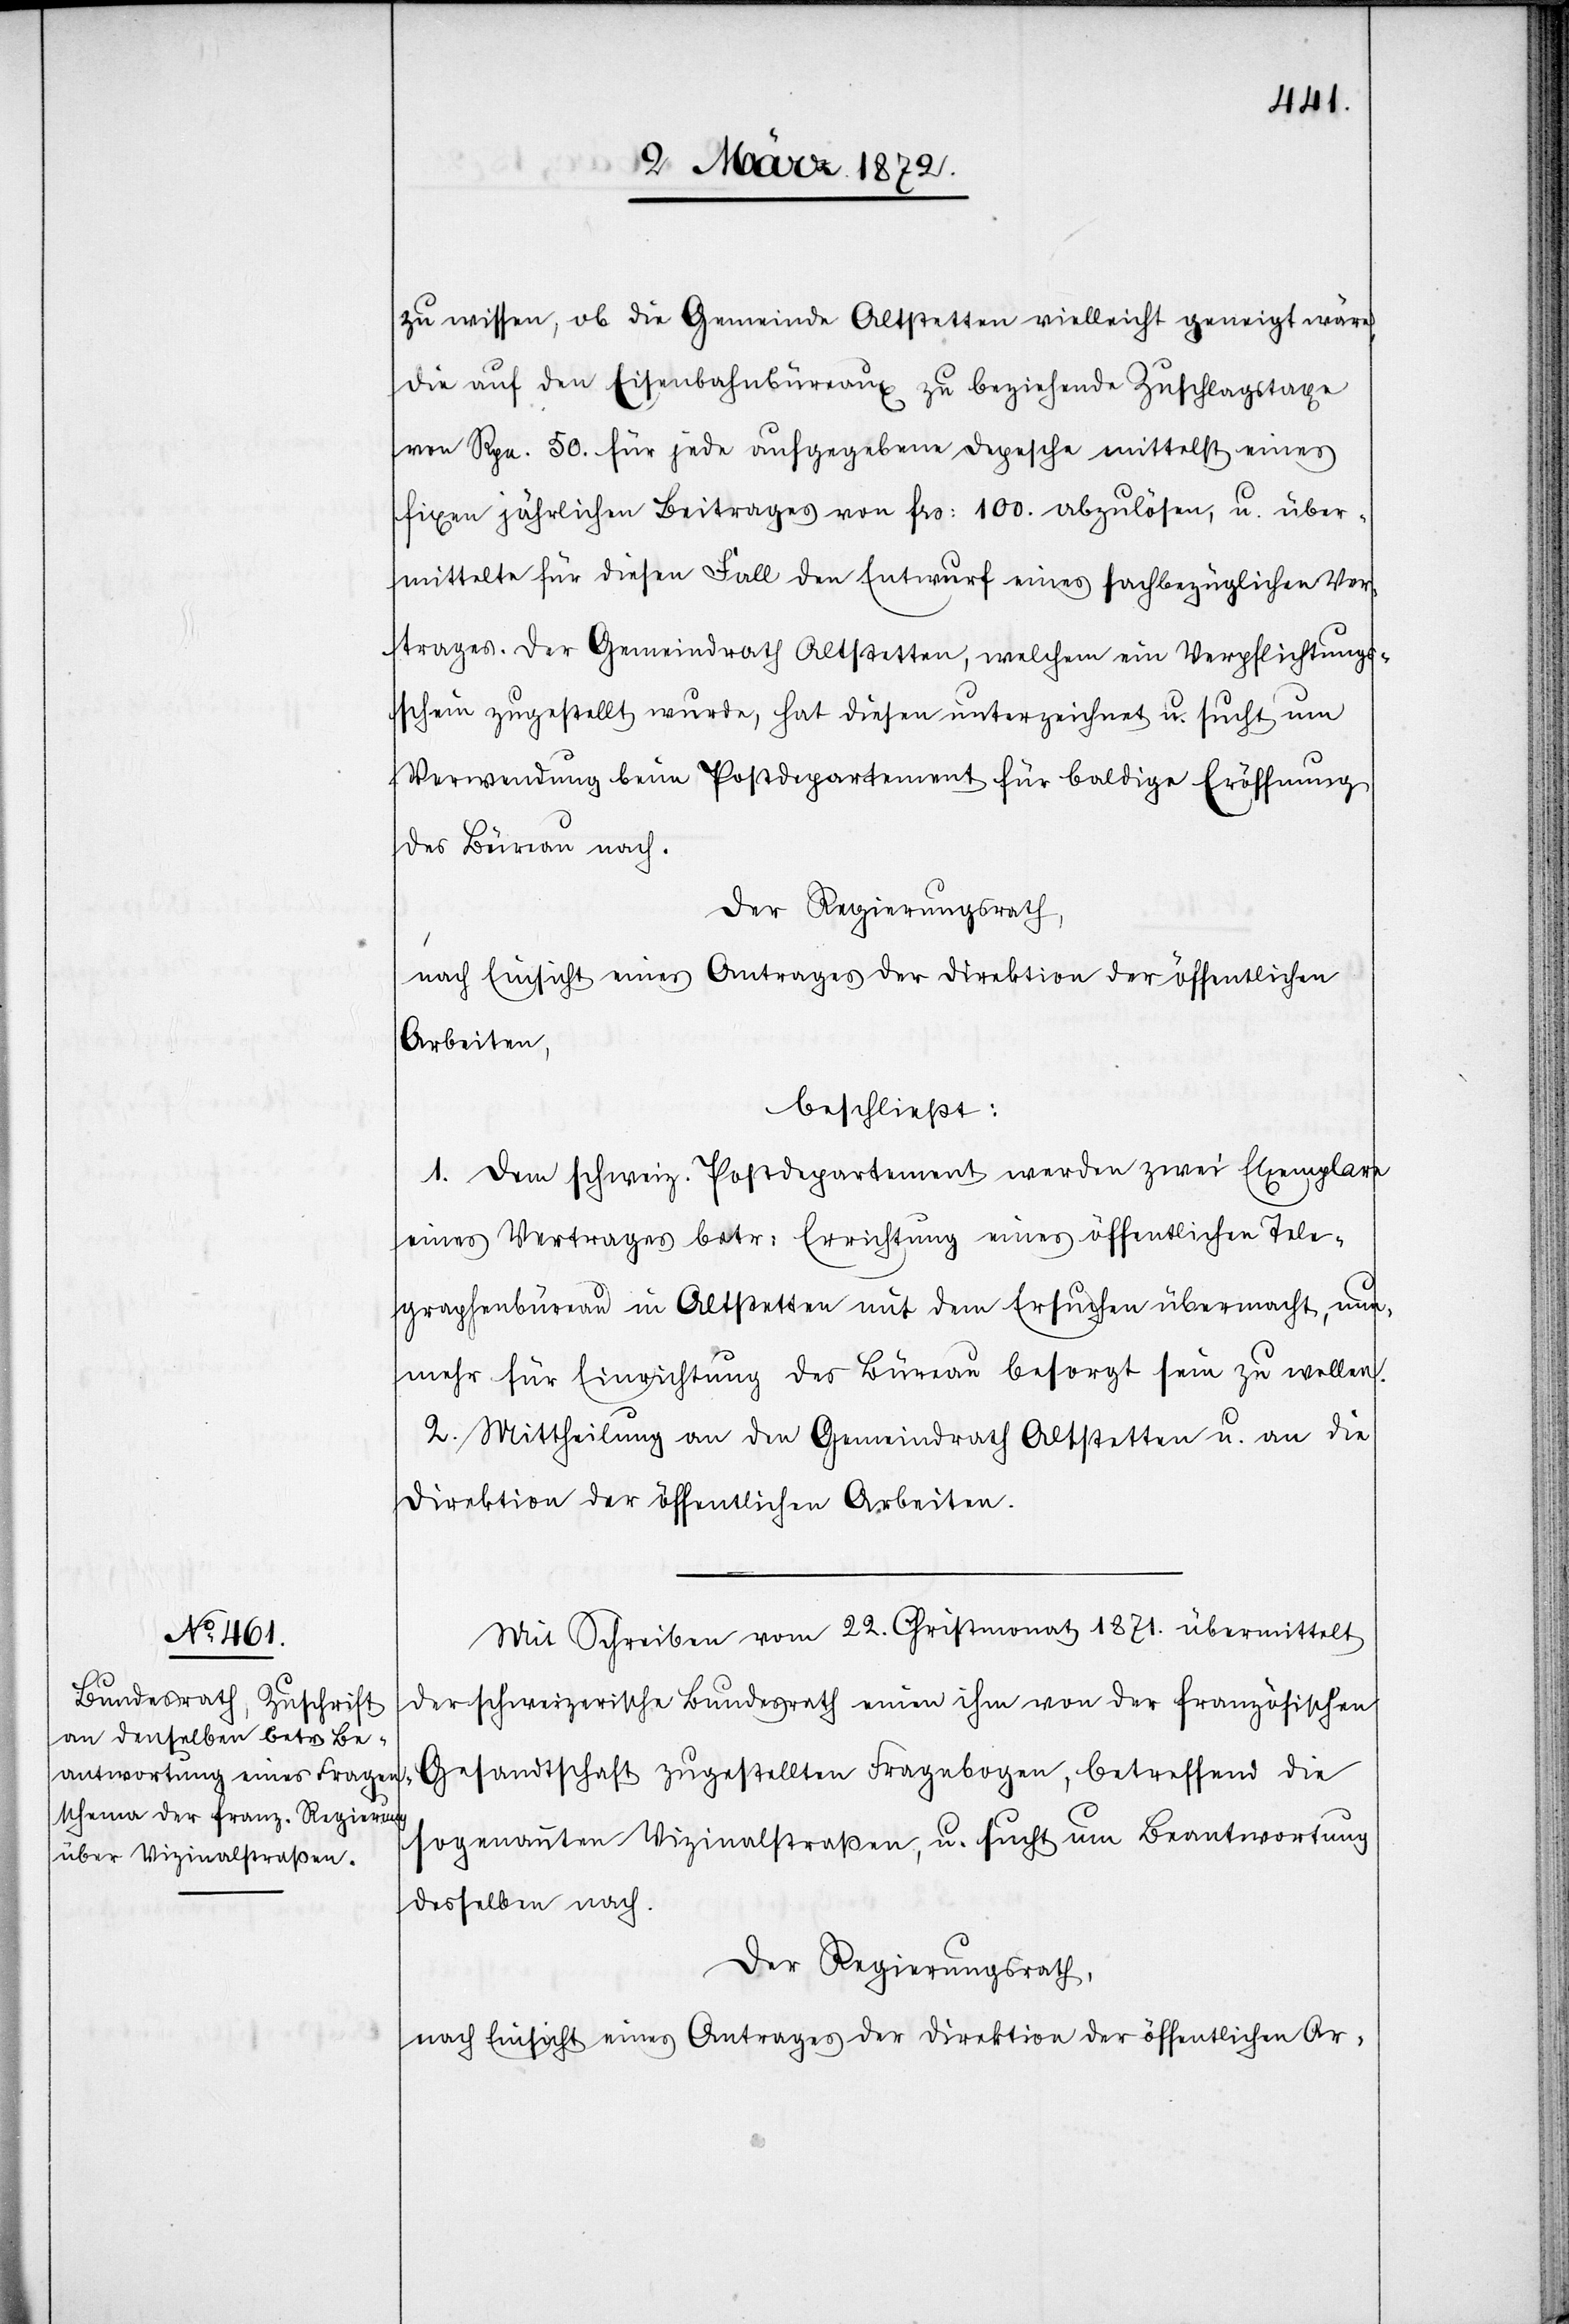
zu wissen, ob die Gemeinde Altstetten vielleicht geneigt wäre,
die auf den Eisenbahnbüreaux zu beziehende Zuschlagstaxe
von Rpn. 50. für jede aufgegebene Depesche mittelst eines
fixen jährlichen Beitrages von frs: 100. abzulösen, u. über¬
mittelte für diesen Fall den Entwurf eines fachbezüglichen Ver¬
trages. Der Gemeindrath Altstetten, welchem ein Verpflichtungs¬
schein zugestellt wurde, hat diesen unterzeichnet u. sucht um
Verwendung beim Postdepartement für baldige Eröffnung
des Büreau nach.
Der Regierungsrath,
nach Einsicht eines Antrages der Direktion der öffentlichen
Arbeiten,
beschließt:
1. Dem schweiz. Postdepartement werden zwei Exemplare
eines Vertrages betr. Errichtung eines öffentlichen Tele¬
graphenbüreau in Altstetten mit dem Ersuchen übermacht, nun¬
mehr für Einrichtung des Büreau besorgt sein zu wollen.
2. Mittheilung an den Gemeindrath Altstetten u. an die
Direktion der öffentlichen Arbeiten.
Mit Schreiben vom 22. Christmonat 1871. übermittelt
der schweizerische Bundesrath einen ihm von der französischen
Gesandtschaft zugestellten Fragebogen, betreffend die
sogenannten Vizinalstraßen, u. sucht um Beantwortung
desselben nach.
Der Regierungsrath,
nach Einsicht eines Antrages der Direktion der öffentlichen Ar-